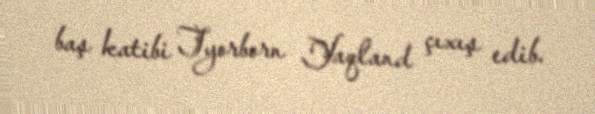
baş katibi Tyorborn Yaqland çıxış edib.